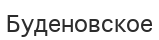
Буденовское